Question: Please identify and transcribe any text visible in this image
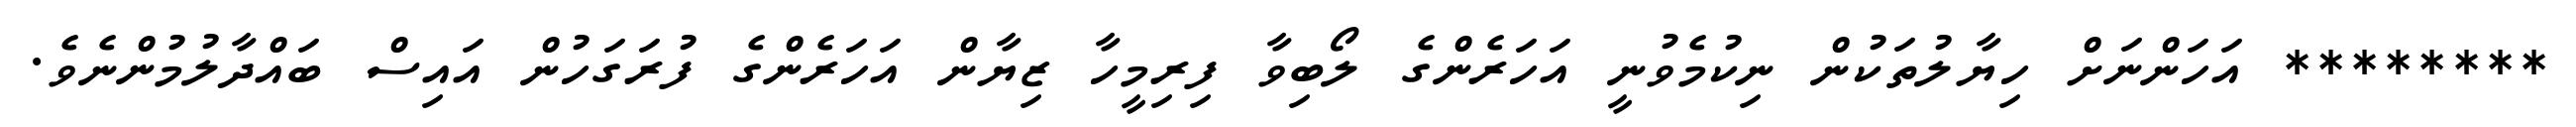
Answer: ******** އަހަންނަށް ހިޔާލުތަކުން ނިކުމެވުނީ އަހަރެންގެ ލޯބިވާ ފިރިމީހާ ޒިޔާން އަހަރެންގެ ފުރަގަހުން އައިސް ބައްދާލުމުންނެވެ.